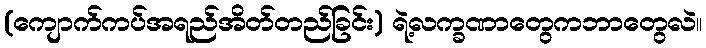
(ကျောက်ကပ်အရည်အိတ်တည်ခြင်း) ရဲ့လက္ခဏာတွေကဘာတွေလဲ။